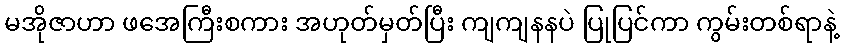
မအိုဇာဟာ ဖအေကြီးစကား အဟုတ်မှတ်ပြီး ကျကျနနပဲ ပြုပြင်ကာ ကွမ်းတစ်ရာနဲ့